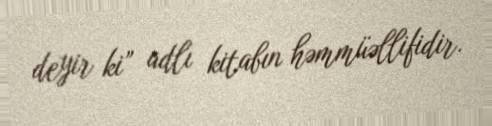
deyir ki” adlı kitabın həmmüəllifidir.